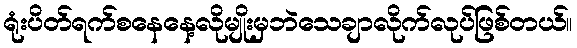
ရုံးပိတ်ရက်စနေနေ့လိုမျိုးမှဘဲသေချာလိုက်လုပ်ဖြစ်တယ်။